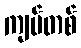
ကျပ်တစ်